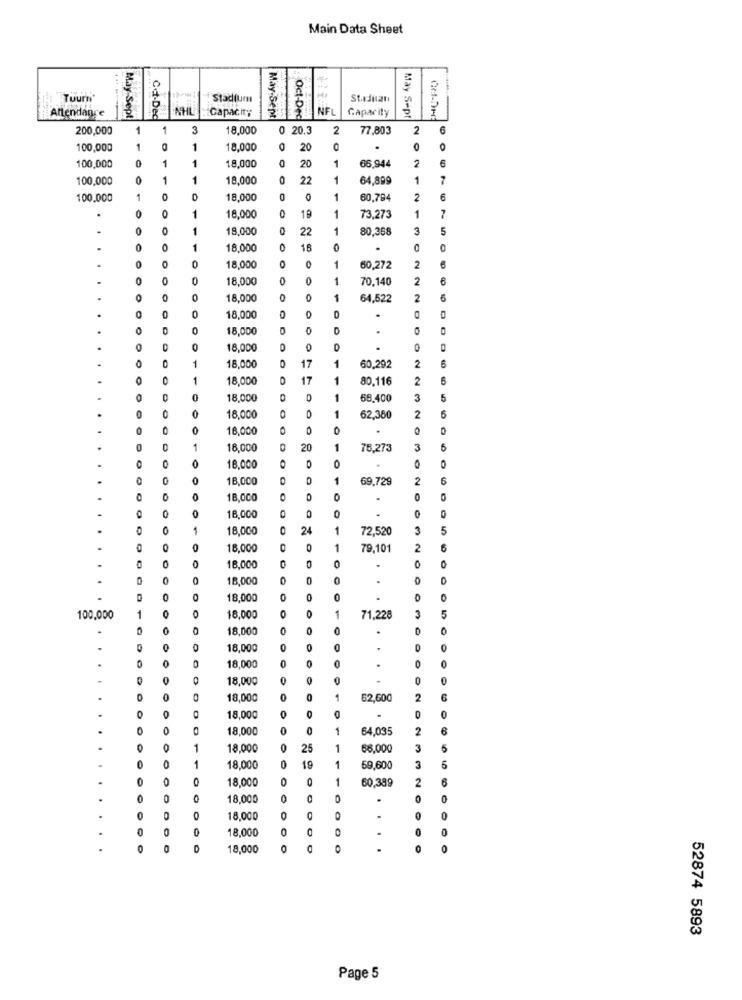
Main Data Sheet
Tuurn'
Stadium
St.Juan
Aftendance
May Sept
Capacity
May Sent
Oct-Dec
NF
Capacity
May Sept
Cet-Dec
200,000
1
1
3
18,000
0 20.3
2
77,803
6
100,000
1
0
1
18,000
O
20
100,000
1
18,000
0
66.944
2
1
20
NOT
100,000
1
18,000
0
22
64.899
1
7
100.000
1
0
18,000
0
60,794
2
6
0
1
.
18,000
0
19
73,273
.
0
0
18,000
22
80.358
3
5
0
18,000
0
16
.
0
0
18,000
0
60,272
2
18.000
0
1
70.140
2
0
18,000
O
64,522
2
5
18,000
0
O
18,000
18,000
0
.
0
1
18,000
17
1
60,292
2
1
18,000
O
17
1
80.116
2
6
0
18,000
68.400
3
5
0
5
18.000
62.380
2
18,000
0
0
1
16.000
20
76,273
3
0
0
O
18.000
0
0
18,000
69,729
2
6
0
18.000
O
0
0
0
18,000
1
18,000
24
1
72.520
3
5
18,000
1
79,101
2
6
18,000
0
0
18,000
0
0
18,000
.
0
5
100.000
1
18,000
1
71.228
3
18,000
0
.
0
0
18,000
0
0
.
18.000
0
0
.
0
0
0
18,000
0
0
0
18,000
0
62,600
2
0
18,000
18,000
0
1
64.035
2
0
1
18.000
25
1
66,000
3
5
1
1
5
.
18,000
19
59,600
3
18,000
0
1
60,389
2
.
0
0
18,000
0
0
18.000
0
0
18,000
0
.
0
0
18,000
0
52874 5893
Page 5